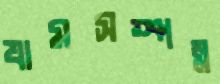
যামসম্পন্ন